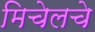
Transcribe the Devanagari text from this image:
मिचेलचे